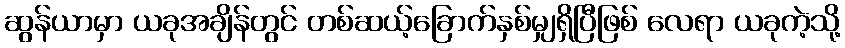
ဆွန်ယာမှာ ယခုအချိန်တွင် တစ်ဆယ့်ခြောက်နှစ်မျှရှိပြီဖြစ် လေရာ ယခုကဲ့သို့